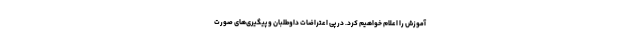
آموزش را اعلام خواهیم کرد. در پی اعتراضات داوطلبان و پیگیری‌های صورت